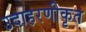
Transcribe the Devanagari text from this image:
उदाहरणीकृत